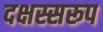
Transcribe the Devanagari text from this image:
दक्षस्सरूप